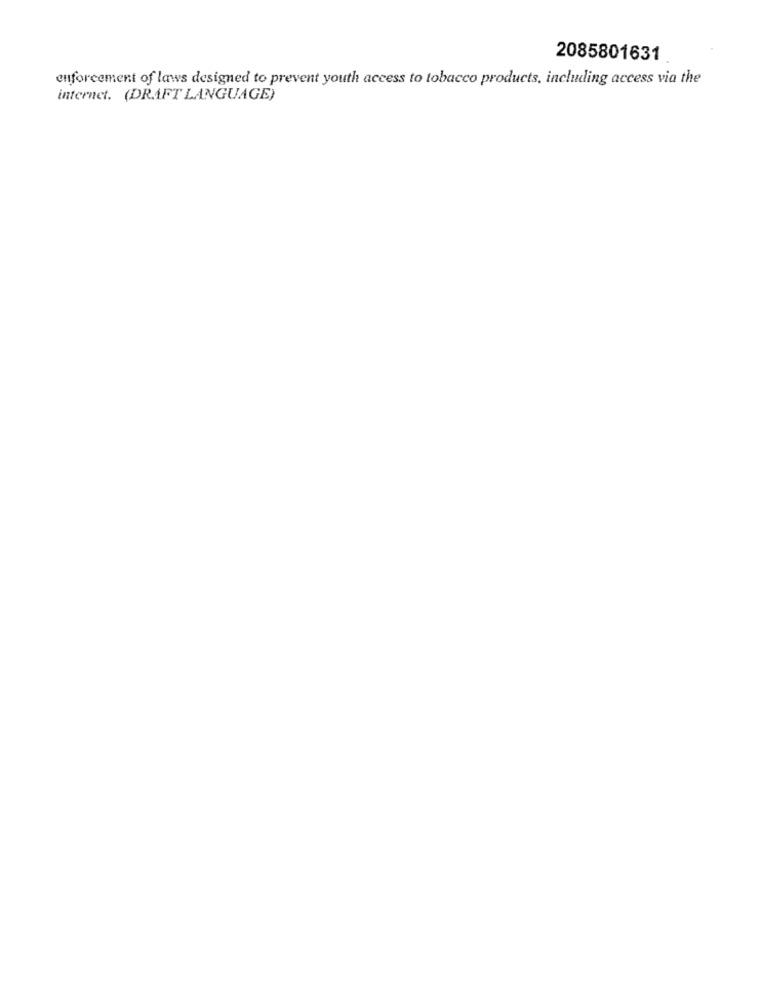
2085801631
enforcement of laws designed to prevent youth access to tobacco products, including access via the
internet. (DRAFT LANGUAGE)